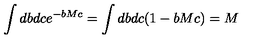
\int d b d c e ^ { - b M c } = \int d b d c ( 1 - b M c ) = M